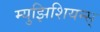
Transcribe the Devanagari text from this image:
म्युझिशियन्स्